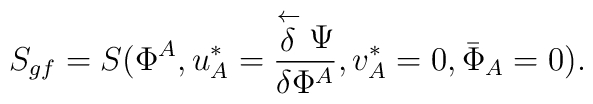
S_{gf}=S(\Phi^{A},u^{*}_{A}=\frac{\stackrel{\leftarrow}{\delta}\Psi}{\delta\Phi^{A}},v^{*}_{A}=0,{\bar{\Phi}}_{A}=0).